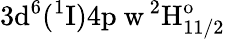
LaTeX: \mathrm{3d^{6}(^{1}I)4p\ w\, ^{2}H_{11/2}^{o}}